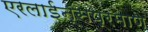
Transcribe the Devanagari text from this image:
एरलाईन्सप्रमाणे